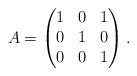
LaTeX: \begin{align*}A=\begin{pmatrix} 1& 0 &1 \\ 0 & 1 & 0\\ 0 & 0& 1\\ \end{pmatrix}. \end{align*}